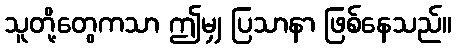
သူတို့တွေကသာ ဤမျှ ပြသာနာ ဖြစ်နေသည်။